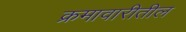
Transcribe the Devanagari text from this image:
क्रमावारीतील